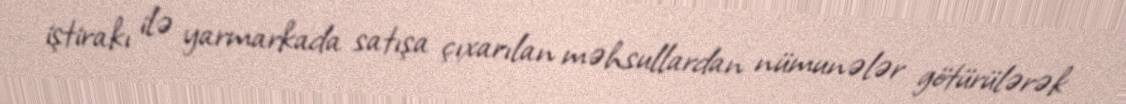
iştirakı ilə yarmarkada satışa çıxarılan məhsullardan nümunələr götürülərək